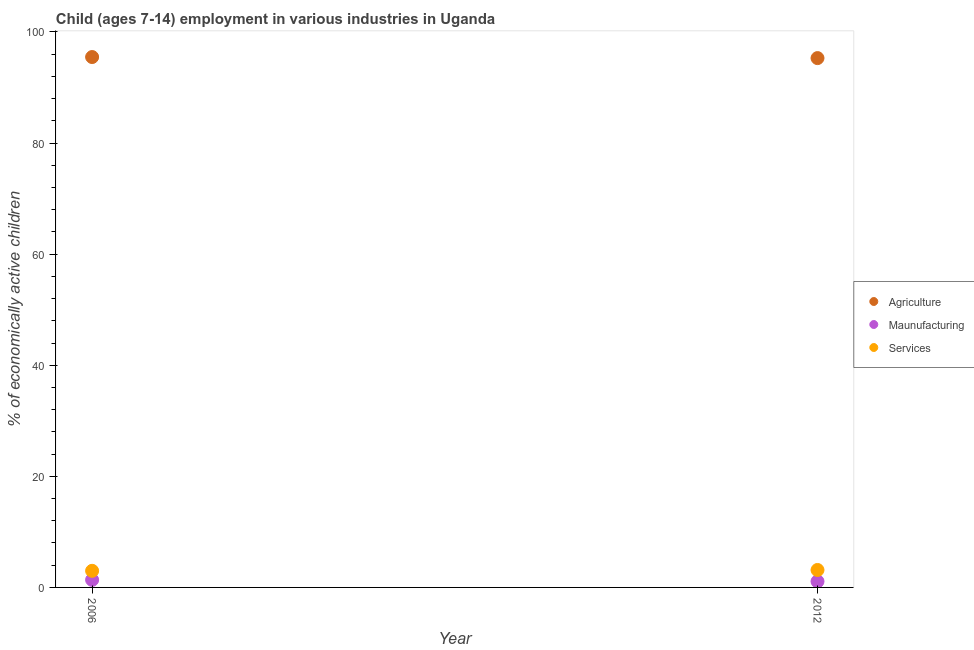
| Year | Agriculture | Maunufacturing | Services |
 | --- | --- | --- | --- |
 | 2006 | 95.5 | 1.36 | 2.99 |
 | 2012 | 95.3 | 1.09 | 3.14 |